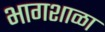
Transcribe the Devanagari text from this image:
भागशाळा